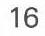
16